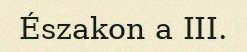
Északon a III.